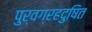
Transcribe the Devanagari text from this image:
पुर्वग्रहदुषित